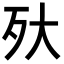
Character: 𣧂